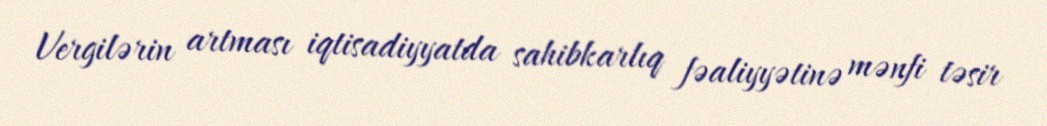
Vergilərin artması iqtisadiyyatda sahibkarlıq fəaliyyətinə mənfi təsir